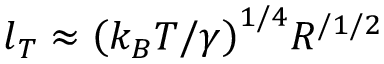
l _ { T } \approx { \left( k _ { B } T / \gamma \right) } ^ { 1 / 4 } R ^ { / 1 / 2 }